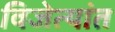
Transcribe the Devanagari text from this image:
विजेत्यांत